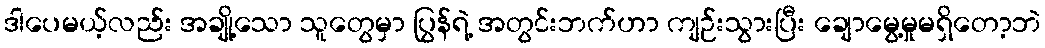
ဒါပေမယ့်လည်း အချို့သော သူတွေမှာ ပြွန်ရဲ့ အတွင်းဘက်ဟာ ကျဉ်းသွားပြီး ချောမွေ့မှုမရှိတော့ဘဲ